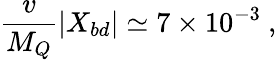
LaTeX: \frac{v}{M_{Q}}\left\vert X_{bd}\right\vert\simeq 7\times 10^{-3}\ ,